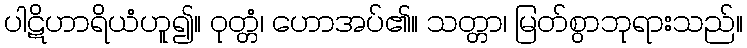
ပါဋိဟာရိယံဟူ၍။ ဝုတ္တံ၊ ဟောအပ်၏။ သတ္တာ၊ မြတ်စွာဘုရားသည်။